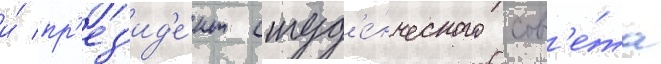
и́ пр'ез'ид'е́нт студ'е́нческого сов'е́та